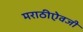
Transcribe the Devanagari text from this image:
मराठीऐवजी